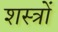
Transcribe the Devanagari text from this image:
शस्‍त्रों